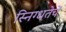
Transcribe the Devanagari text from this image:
स्निग्धतेचें